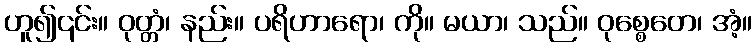
ဟူ၍၎င်း။ ဝုတ္တံ၊ နည်း။ ပရိဟာရော၊ ကို။ မယာ၊ သည်။ ဝုစ္စေတေ၊ အံ့။